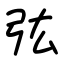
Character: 㢬